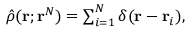
\begin{array} { r } { \hat { \rho } ( \mathbf { r } ; \mathbf { r } ^ { N } ) = \sum _ { i = 1 } ^ { N } \delta ( \mathbf { r } - \mathbf { r } _ { i } ) , } \end{array}